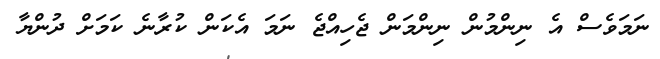
ނަމަވެސް އެ ނިންމުން ނިންމަން ޖެހިއްޖެ ނަމަ އެކަން ކުރާނެ ކަމަށް ދުންޔާ